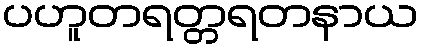
ပဟူတရတ္တရတနာယ